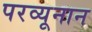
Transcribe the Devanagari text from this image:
परव्यूनान